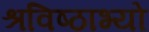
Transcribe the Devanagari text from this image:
श्रविष्ठाभ्यो